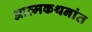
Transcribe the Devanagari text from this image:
आत्मकथनांत